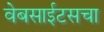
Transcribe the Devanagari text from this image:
वेबसाईटसचा